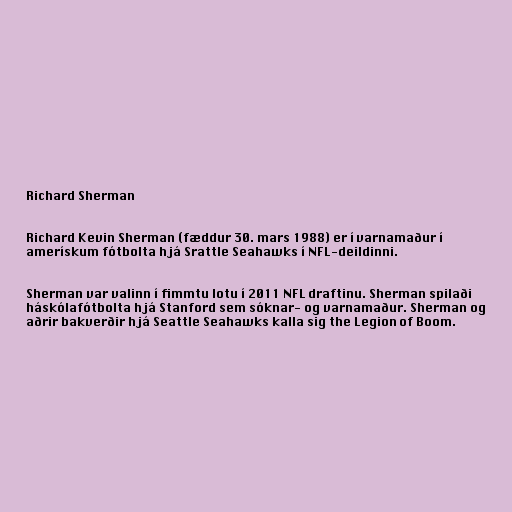
Richard Sherman

Richard Kevin Sherman (fæddur 30. mars 1988) er í varnamaður í
amerískum fótbolta hjá Srattle Seahawks í NFL-deildinni.

Sherman var valinn í fimmtu lotu í 2011 NFL draftinu. Sherman spilaði
háskólafótbolta hjá Stanford sem sóknar- og varnamaður. Sherman og
aðrir bakverðir hjá Seattle Seahawks kalla sig the Legion of Boom.